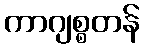
ကာဂျစ္စတန်